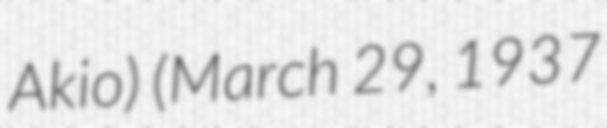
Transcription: Akio) (March 29, 1937